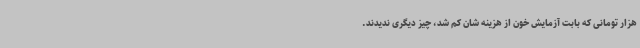
هزار تومانی که بابت آزمایش خون از هزینه شان کم شد، چیز دیگری ندیدند.